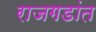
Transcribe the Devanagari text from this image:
राजगडांत